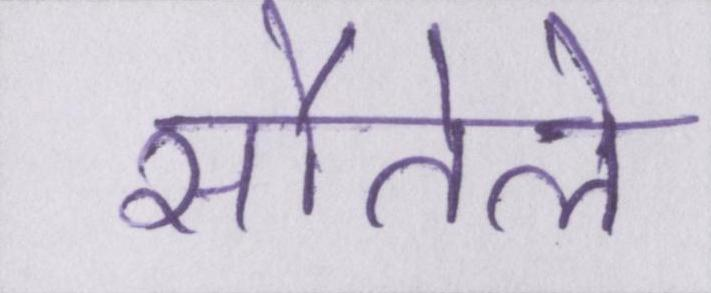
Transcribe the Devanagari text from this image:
सौतेले